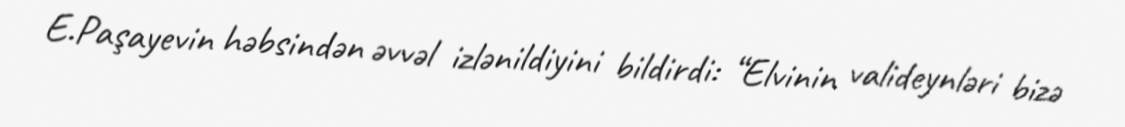
E.Paşayevin həbsindən əvvəl izlənildiyini bildirdi: “Elvinin valideynləri bizə